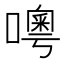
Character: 𠿋